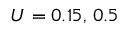
U = 0 . 1 5 , \, 0 . 5